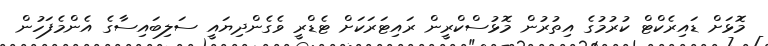
މޮޅަށް ޑައިރެކްޓް ކުރުމުގެ އިތުރުން މޮޅުސްކްރީން ރައިޓަރަކަށް ޓެޑްރީ ވެގެންދިޔައީ ސަލިބައިސާގެ އެންމެފަހުން